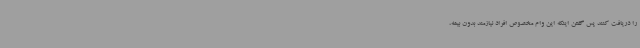
را دریافت کنند پس گفتن اینکه این وام مخصوص افراد نیازمند بدون بیمه،